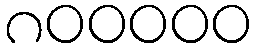
၈၀၀၀၀၀